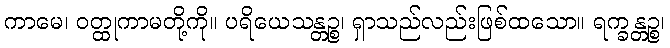
ကာမေ၊ ဝတ္ထုကာမတို့ကို။ ပရိယေသန္တဉ္စ၊ ရှာသည်လည်းဖြစ်ထသော။ ရက္ခန္တဉ္စ၊